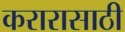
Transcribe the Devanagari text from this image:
करारासाठी